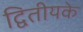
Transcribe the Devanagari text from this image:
द्वितीयके